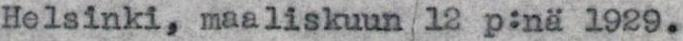
Helsinki, maaliskuun 12 p:nä 1929.